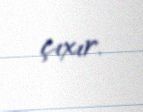
çıxır.